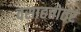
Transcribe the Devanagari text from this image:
वसाहत्तोतर